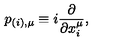
p _ { ( i ) , \mu } \equiv i \frac { \partial } { \partial x _ { i } ^ { \mu } } ,